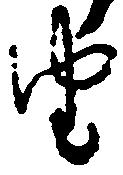
由